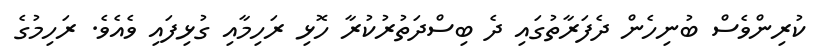
ކުރިންވެސް ބުނިހެން ދެފަރާތުގައި ދެ ބިސްދަތުރުކުރާ ހޮޅި ރަހިމާއި ގުޅިފައި ވެއެވެ. ރަހިމުގެ